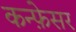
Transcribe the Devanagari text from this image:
कन्फ़ेसर